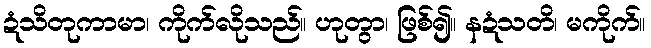
ဍံသိတုကာမာ၊ ကိုက်လိုသည်။ ဟုတွာ၊ ဖြစ်၍။ နဍံသတိ၊ မကိုက်။